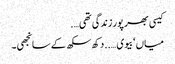
کیسی بھر پور زندگی تھی….
میاں ‘ بیوی …..دکھ سکھ کے سانجھی۔